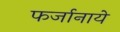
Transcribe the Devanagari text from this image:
फर्जानाये